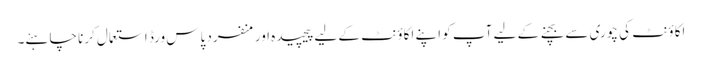
اکاؤنٹ کی چوری سے بچنے کے لیے آپ کو اپنے اکاؤنٹ کے لیے پیچیدہ اور منفرد پاس ورڈ استعمال کرنا چاہئے۔